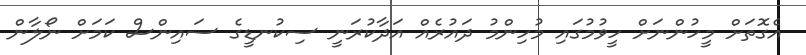
އެގޮތަށް މީހުންނަށް ހީވުމުގައި މުހިންމު ދައުރެއް އަދާކުރަނީ ސިކުނޑީގެ ސައިންސް ކަމަށް ނޯލާން